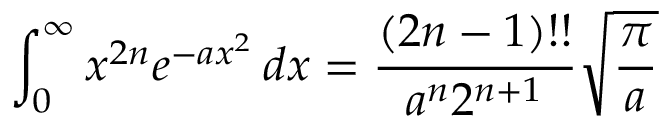
\int _ { 0 } ^ { \infty } x ^ { 2 n } e ^ { - a x ^ { 2 } } \, d x = { \frac { ( 2 n - 1 ) ! ! } { a ^ { n } 2 ^ { n + 1 } } } { \sqrt { \frac { \pi } { a } } }